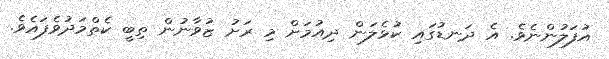
އުފަލުންނެވެ. އެ ދަނޑުގައި ކުޅެލަން ދިއުމަށް މި ރަށު ޒުވާނުން ތިބީ ކެތްމަދުވެފައެވެ.